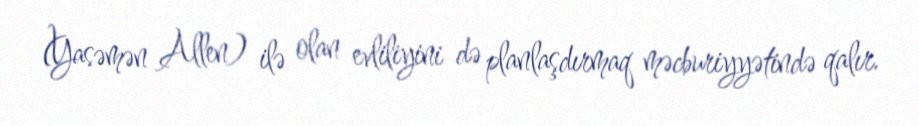
(Yasəmən Allen) ilə olan evliliyini də planlaşdırmaq məcburiyyətində qalır.